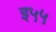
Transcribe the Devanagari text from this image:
इ५५